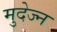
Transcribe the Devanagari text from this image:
मुदेज्न